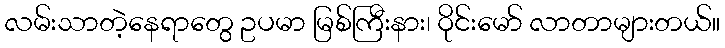
လမ်းသာတဲ့နေရာတွေ ဥပမာ မြစ်ကြီးနား၊ ဝိုင်းမော် လာတာများတယ်။